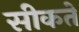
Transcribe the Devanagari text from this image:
सीकते